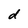
Character: d